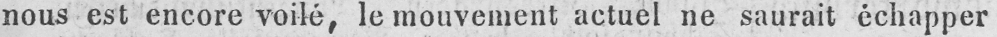
nous est encore voilé, le mouvement actuel ne saurait échapper